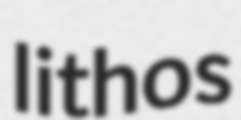
lithos